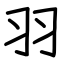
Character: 羽